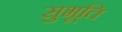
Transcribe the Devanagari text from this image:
सुभूति